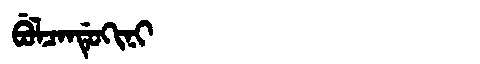
Manchu: ᠪᡠᠯᠴᠠᠨᡩᡠᡴᡳᠨᡳ
Romanization: BULCANDUKINI